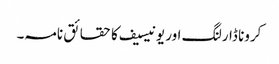
کرونا ڈارلنگ اور یونیسیف کا حقائق نامہ۔